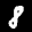
Label: 8